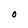
Character: O